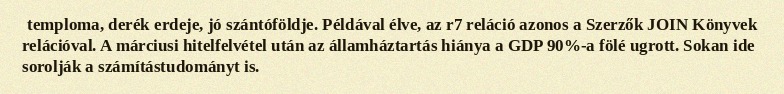
temploma, derék erdeje, jó szántóföldje. Példával élve, az r7 reláció azonos a Szerzők JOIN Könyvek relációval. A márciusi hitelfelvétel után az államháztartás hiánya a GDP 90%-a fölé ugrott. Sokan ide sorolják a számítástudományt is.